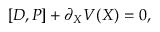
[ { \cal D } , { \cal P } ] + \partial _ { \cal X } { \cal V } ( { \cal X } ) = 0 ,